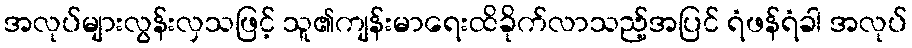
အလုပ်များလွန်းလှသဖြင့် သူ၏ကျန်းမာရေးထိခိုက်လာသည့်အပြင် ရံဖန်ရံခါ အလုပ်